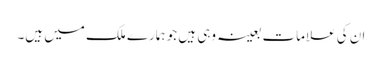
ان کی علامات بعینہ وہی ہیں جو ہمارے ملک میں ہیں۔